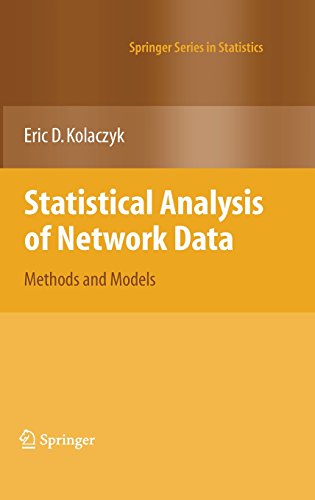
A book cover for Statistical Analysis of Network Data: Methods and Models (Springer Series in Statistics); Eric D. Kolaczyk; Computers & Technology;